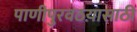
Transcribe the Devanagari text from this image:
पाणीपुरवठय़ासाठी